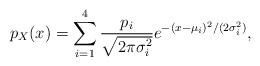
LaTeX: \begin{align*} p_X(x) = \sum_{i=1}^4 \frac{p_i}{\sqrt{2\pi \sigma_i^2}} e^{-(x-\mu_i)^2/(2\sigma_i^2)},\end{align*}